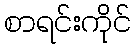
စာရင်းကိုင်